Annual report on the working of the lock hospitals in the North-Western Provinces and Oudh
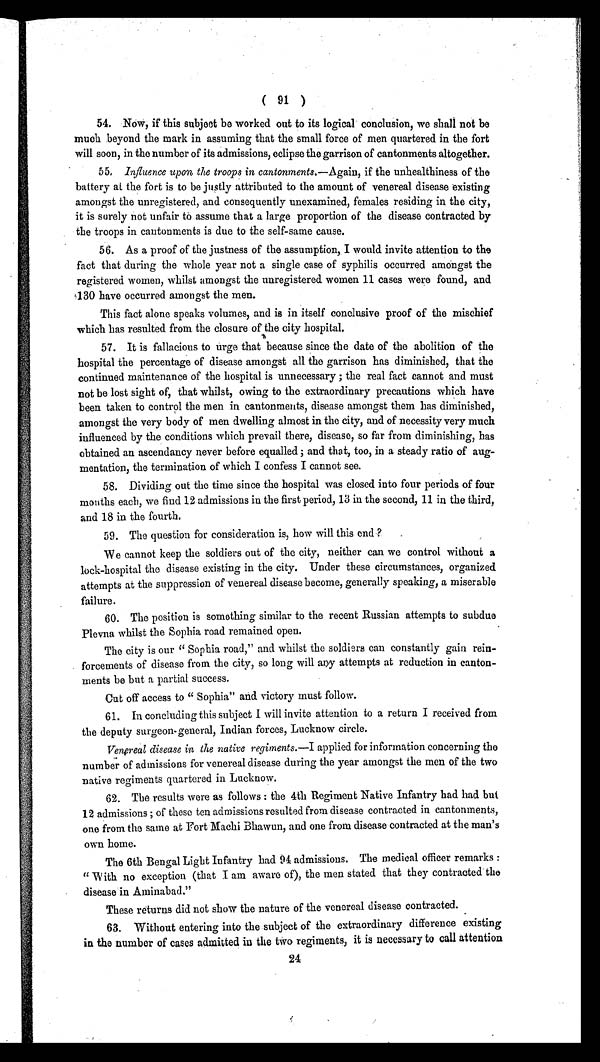
( 91 )
54. Now, if this subject be worked out to its logical conclusion, we shall not be
much beyond the mark in assuming that the small force of men quartered in the fort
will soon, in the number of its admissions, eclipse the garrison of cantonments altogether.
55. I n f l u e n c e u p o n t h e t r o o p s i n c a n t o n m e n t s . — A g a i n ,i
f t h e u n h e a l t h i n e s s o f t h e
battery at the fort is to be justly attributed to the amount of venereal disease existin g
amongst the unregistered, and consequently unexamined, females residing in the city,
it is surely not unfair to assume that a large proportion of the disease contracted by
the troops in cantonments is due to the self-same cause.
56. As a proof of the justness of the assumption, I would invite attention to the
fact that during the whole year not a single case of syphilis occurred amongst the
registered women, whilst amongst the unregistered women 11 cases were found, and
130 have occurred amongst the men.
This fact alone speaks volumes, and is in itself conclusive proof of the mischief
which has resulted from the closure of the city hospital.
57. It is fallacious to urge that because since the date of the abolition of the
hospital the percentage of disease amongst all the garrison has diminished, that the
continued maintenance of the hospital is unnecessary ; the real fact cannot and must
not be lost sight of, that whilst, owing to the extraordinary precautions which have
been taken to control the men in cantonments, disease amongst them has diminished,
amongst the very body of men dwelling almost in the city, and of necessity very much
influenced by the conditions which prevail there, disease, so far from diminishing, has
obtained an ascendancy never before equalled ; and that, too, in a steady ratio of aug-
mentation, the termination of which I confess I cannot see.
58. Dividing out the time since the hospital was closed into four periods of four
months each, we find 12 admissions in the first period, 13 in the second, 11 in the third,
and 18 in the fourth.
59. The question for consideration is, how will this end?
We cannot keep the soldiers out of the city, neither can we control without a
lock-hospital the disease existing in the city. Under these circumstances, organized
attempts at the suppression of venereal disease become, generally speaking, a miserable
failure.
60. The position is something similar to the recent Russian attempts to subdue
Plevna whilst the Sophia road remained open.
The city is our "Sophia road," and whilst the soldiers can constantly gain rein-
forcements of disease from the city, so long will any attempts at reduction in canton-
ments be but a partial success.
Cut off access to " Sophia" and victory must follow.
6 1 . I n c o n c l u d i n g t h i s s u b j e c t I w i l l i n v i t e a t t e n t i o n t o a r e t u r n I r e c e i v e d f r o m
the deputy surgeon-general, Indian forces, Lucknow circle.
Venereal disease in the native regiments. —I applied for information concerning the
number of admissions for venereal disease during the year amongst the men of the two
native regiments quartered in Lucknow.
62. The results were as follows : the 4th Regiment Native Infantry had had but
12 admissions ; of these ten admissions resulted from disease contracted in cantonments,
one from the same at Fort Machi Bhawun, and one from disease contracted at the man's
own home.
The 6th Bengal Light Infantry had 94 admissions. The medical officer remarks :
" With no exception (that I am aware of), the men stated that they contracted the
disease in Aminabad."
These returns did not show the nature of the venereal disease contracted.
6 3 . W i t h o u t e n t e r i n g i n t o t h e s u b j e c t o f t h e e x t r a o r d i n a r y d i f f e r e n c e e x i s t i n g
in the number of cases admitted in the two regiments, it is necessary to call attention
24